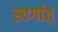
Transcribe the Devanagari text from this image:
स्वर्गात्